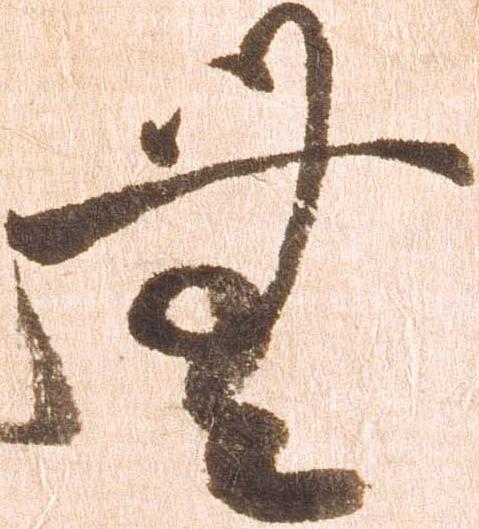
無